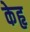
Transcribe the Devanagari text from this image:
केहृ